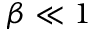
\beta \ll 1